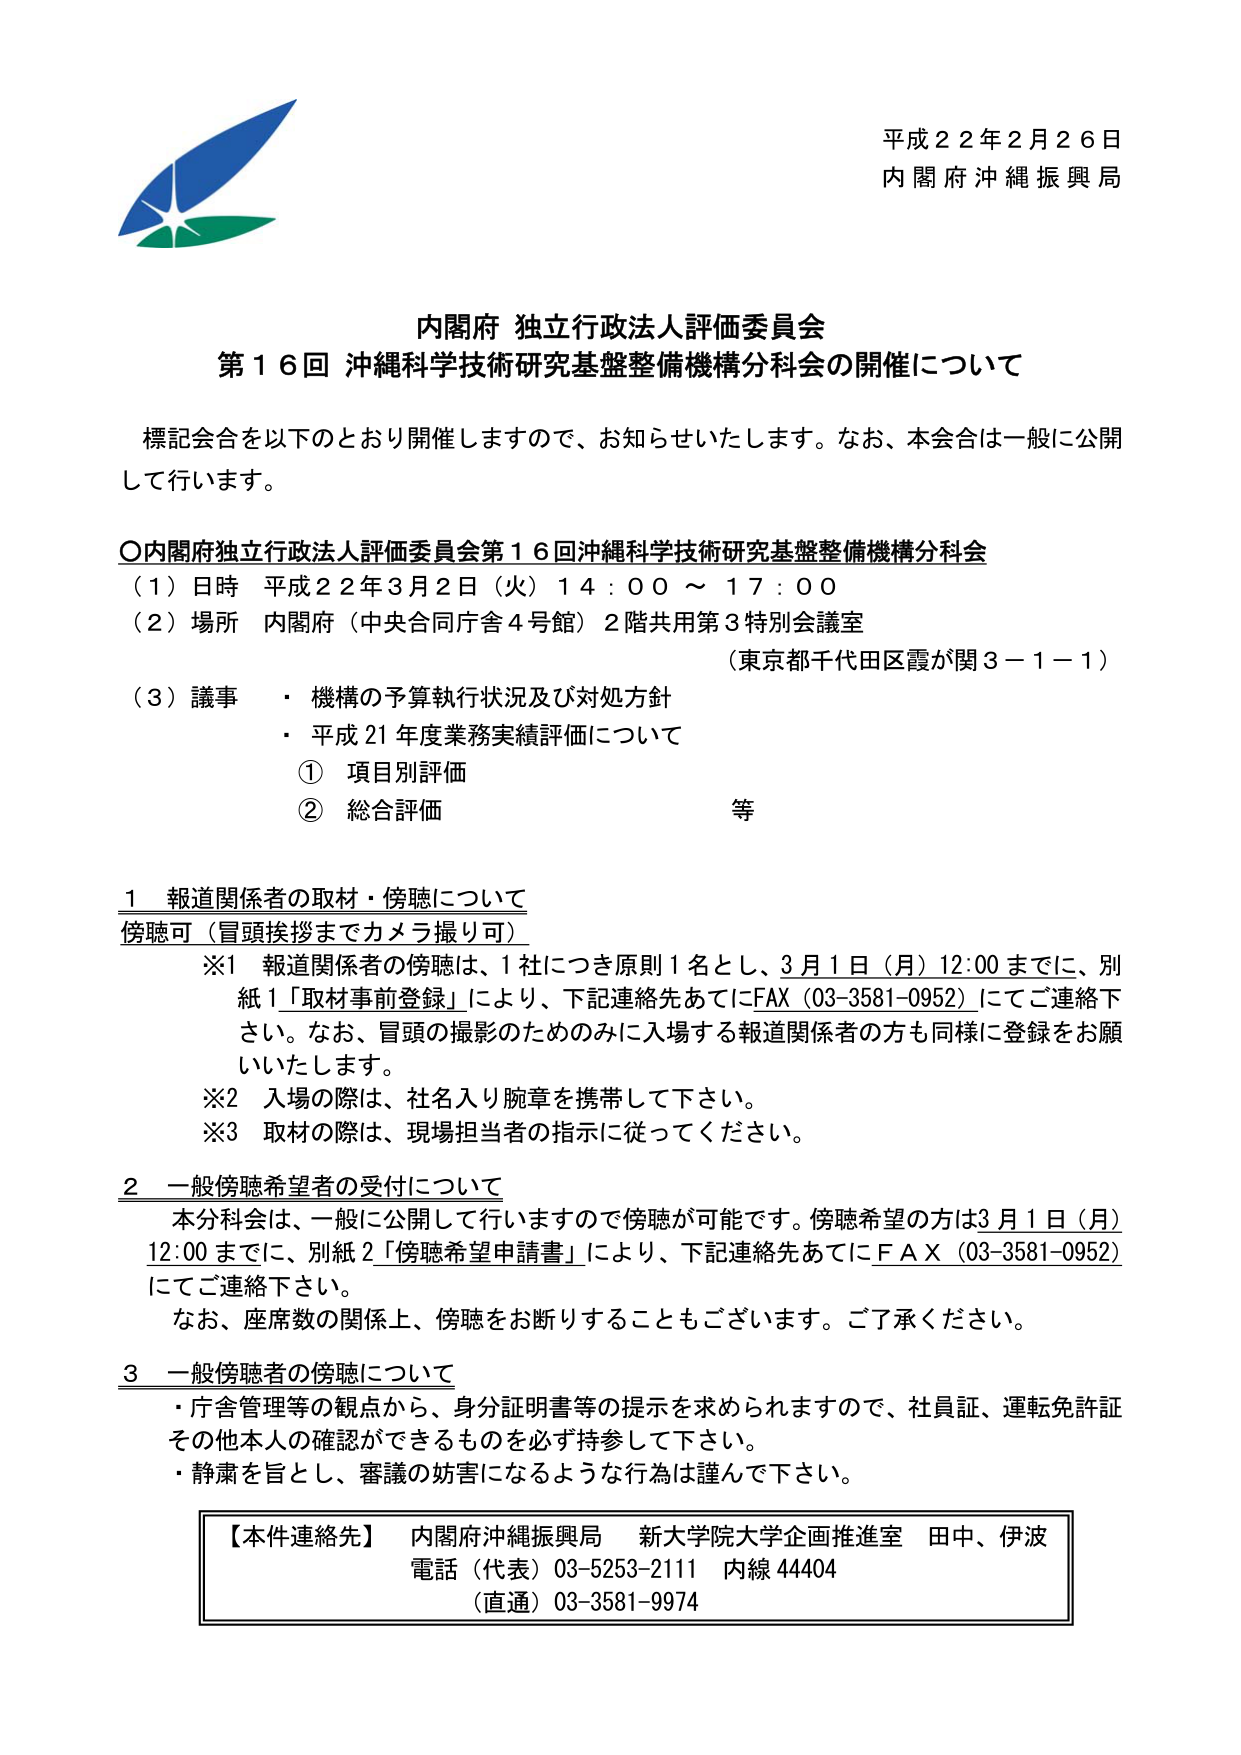
平成２２年２月２６日
内閣府沖縄振興局

内閣府 独立行政法人評価委員会
第１６回 沖縄科学技術研究基盤整備機構分科会の開催について

標記会合を以下のとおり開催しますので、お知らせいたします。なお、本会合は一般に公開して行います。

〇内閣府独立行政法人評価委員会第１６回沖縄科学技術研究基盤整備機構分科会
（１）日時 平成２２年３月２日（火）１４：００～１７：００
（２）場所 内閣府（中央合同庁舎４号館）２階共用第３特別会議室
　　　　（東京都千代田区霞が関３－１－１）
（３）議事
　・機構の予算執行状況及び対処方針
　・平成２１年度業務実績評価について
　　① 項目別評価
　　② 総合評価　　　　　　　　　等

１ 報道関係者の取材・傍聴について
傍聴可（冒頭挨拶までカメラ撮り可）
　※１ 報道関係者の傍聴は、１社につき原則１名とし、３月１日（月）１２：００までに、別紙１「取材事前登録」により、下記連絡先あてにＦＡＸ（０３－３５８１－０９５２）にてご連絡下さい。なお、冒頭の撮影のためのみに入場する報道関係者の方も同様に登録をお願いいたします。
　※２ 入場の際は、社名入り腕章を携帯して下さい。
　※３ 取材の際は、現場担当者の指示に従ってください。

２ 一般傍聴希望者の受付について
　本分科会は、一般に公開して行いますので傍聴が可能です。傍聴希望の方は３月１日（月）１２：００までに、別紙２「傍聴希望申請書」により、下記連絡先あてにＦＡＸ（０３－３５８１－０９５２）にてご連絡下さい。
　なお、座席数の関係上、傍聴をお断りすることもございます。ご了承ください。

３ 一般傍聴者の傍聴について
　・庁舎管理等の観点から、身分証明書等の提示を求められますので、社員証、運転免許証その他本人の確認ができるものを必ず持参して下さい。
　・静粛を旨とし、審議の妨害になるような行為は謹んで下さい。

【本件連絡先】 内閣府沖縄振興局　新大学院大学企画推進室　田中、伊波
　　　　　　　電話（代表）０３－５２５３－２１１１　内線４４４０４
　　　　　　　（直通）０３－３５８１－９９７４